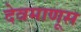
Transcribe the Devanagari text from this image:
देवमाणूस